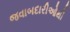
જવાબદારીઓથી